Vaccination Hyderabad 1872-1889 - 1872-1889
Year: 1872
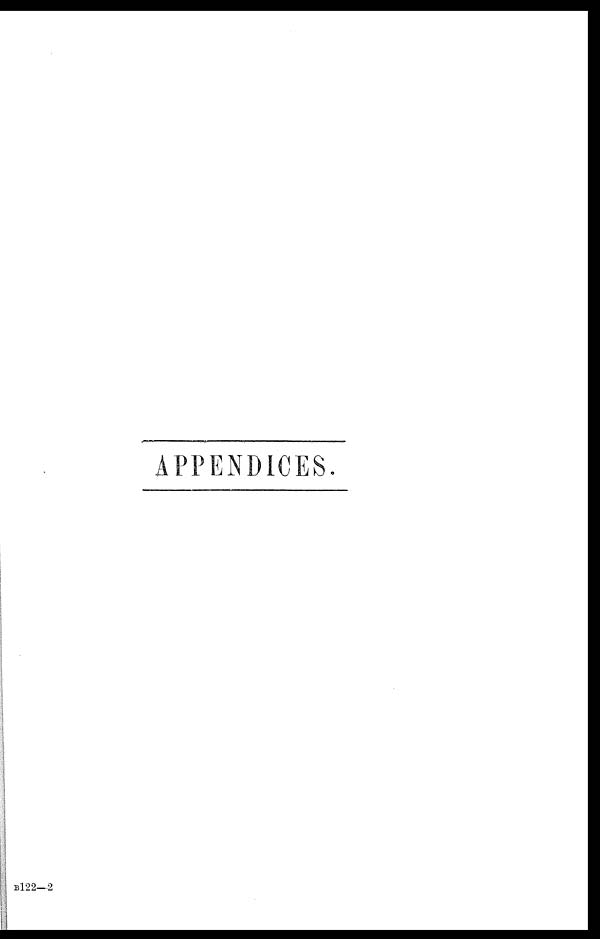
APPENDICES.
B122—2